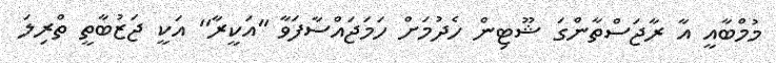
މުމްބާއީ އާ ރާޖަސްތާންގަ ޝޫޓިން ހެދުމަށް ހަމަޖައްސާފަވާ ''އަކީރާ'' އަކީ ޖަޒުބާތީ ތްރިލަ